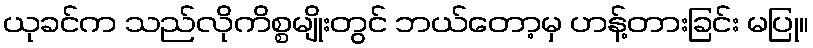
ယုခင်က သည်လိုကိစ္စမျိုးတွင် ဘယ်တော့မှ ဟန့်တားခြင်း မပြု။